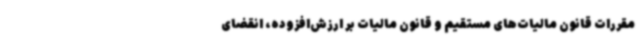
مقررات قانون مالیات‌های مستقیم و قانون مالیات بر ارزش‌افزوده، انقضای